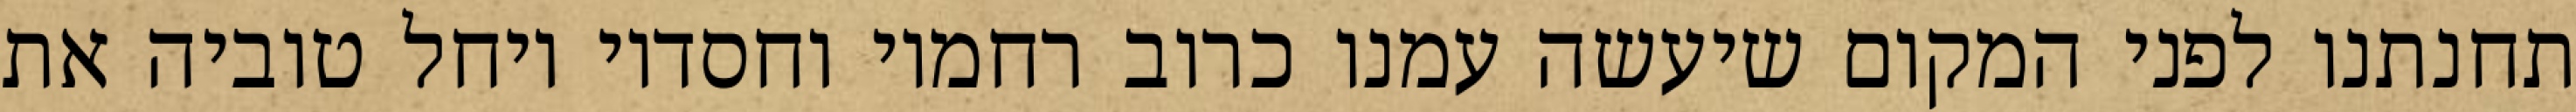
תחנתנו לפני המקום שיעשה עמנו כרוב רחמיו וחסדיו ויחל טוביה את